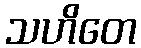
သဟိတေ